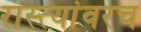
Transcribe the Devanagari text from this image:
रास्त्यांवरच